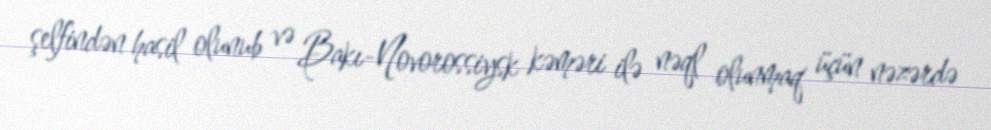
şelfindən hasil olunub və Bakı-Novorossiysk kəməri ilə nəql olunmaq üçün nəzərdə